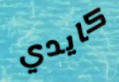
كايدي